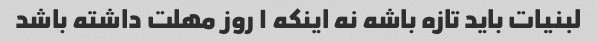
لبنیات باید تازه باشه نه اینکه ۱ روز مهلت داشته باشد